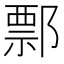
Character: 𨝓